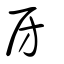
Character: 房